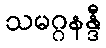
သမဂ္ဂနန္ဒီ